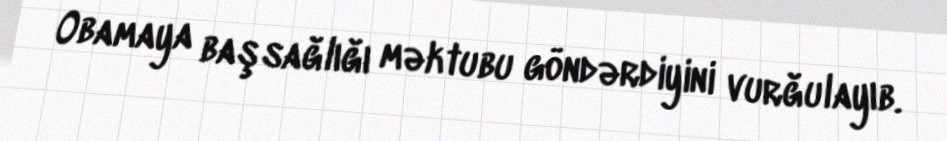
Obamaya başsağlığı məktubu göndərdiyini vurğulayıb.